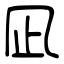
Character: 凪